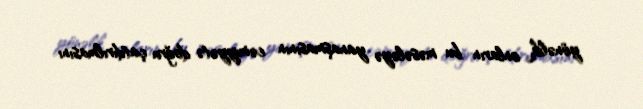
yönəlik, onların bu məsələyə yanaşmasının cəmiyyətə doğru çatdırılmasını